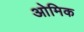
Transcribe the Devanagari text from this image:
ओमिक